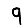
Digit: 9